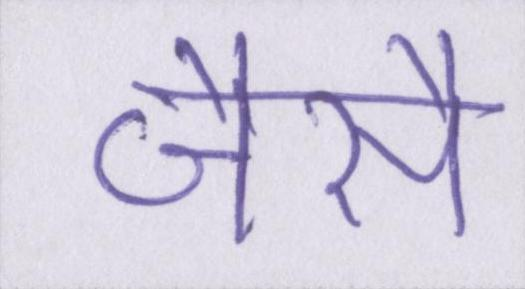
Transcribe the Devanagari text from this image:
जैसै